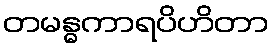
တမန္ဓကာရပိဟိတာ